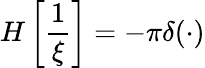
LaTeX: H\left[\frac{1}{\xi}\right]=-\pi\delta(\cdot)